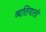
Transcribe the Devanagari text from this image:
व्यतियातौ